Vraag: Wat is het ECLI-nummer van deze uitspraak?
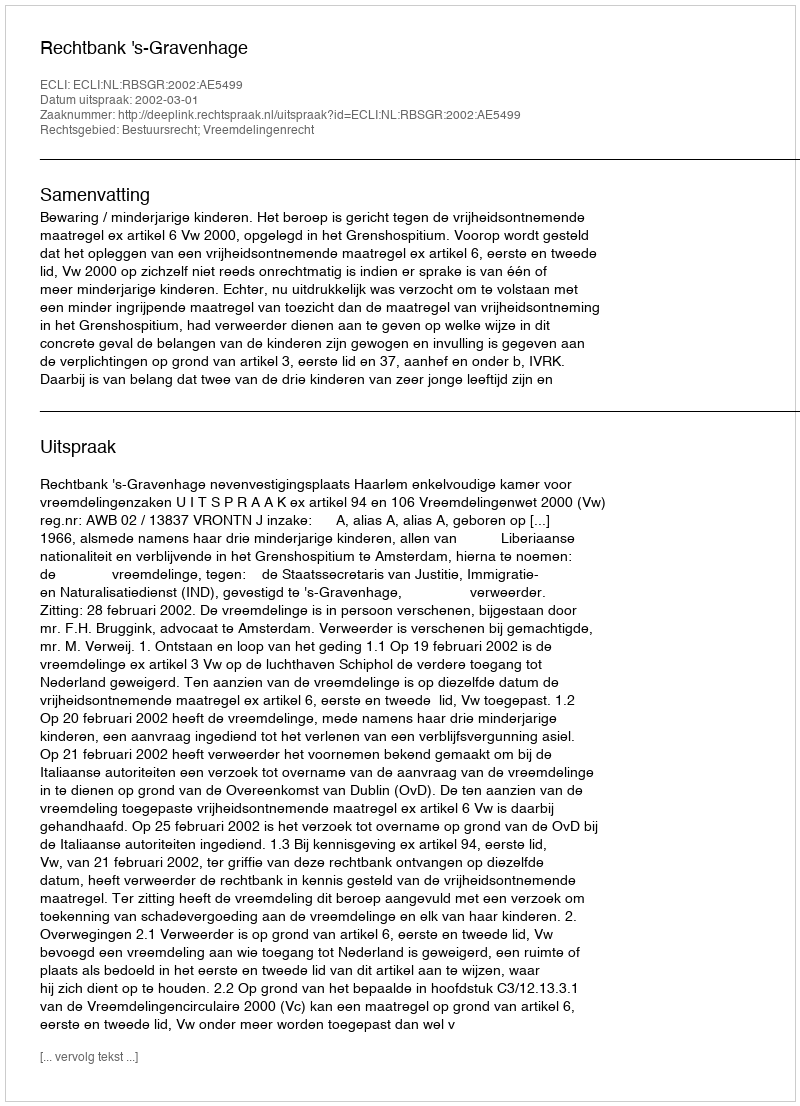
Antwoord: ECLI:NL:RBSGR:2002:AE5499